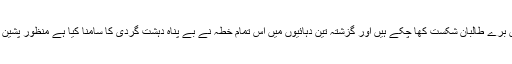
شمالی اور جنوبی وزیرستان کے ساتھ مالاکنڈ ڈویژن اور کے پی کے میں برے طالبان شکست کھا چکے ہیں اور گزشتہ تین دہائیوں میں اس تمام خطہ نے بے پناہ دہشت گردی کا سامنا کیا ہے منظور پشین جب ان حقائق کے ساتھ مطالبات کرے گا تو لوگ اس کی بات سنیں گے ۔